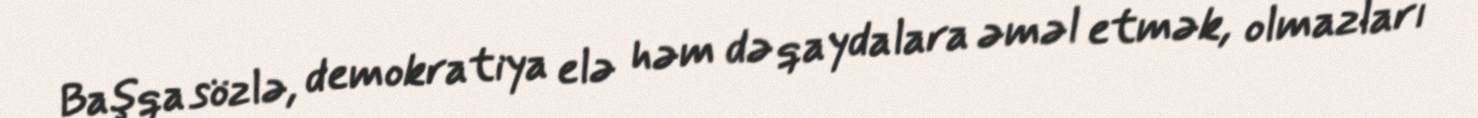
Başqa sözlə, demokratiya elə həm də qaydalara əməl etmək, olmazları